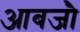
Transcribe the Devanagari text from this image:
आबजौ